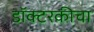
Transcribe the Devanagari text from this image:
डॉक्टरकीचा